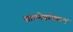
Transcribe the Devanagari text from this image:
साधनेबरोबरच